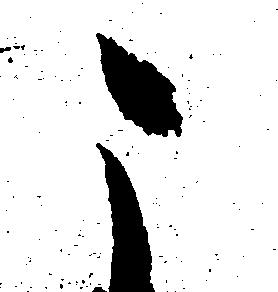
こ